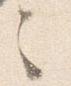
之